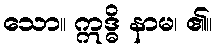
သော။ ဣဒ္ဓိ နာမ၊ ၏။